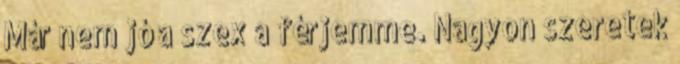
Már nem jó a szex a férjemme. Nagyon szeretek